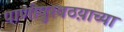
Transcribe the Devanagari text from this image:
पाणीपुरवठय़ाच्या